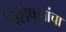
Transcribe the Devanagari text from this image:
विशेषज्ञांचा